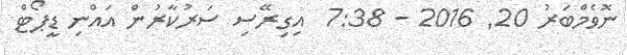
ނޮވެމްބަރު 20